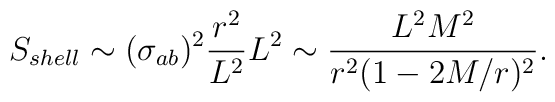
S_{shell} \sim  (\sigma_{ab})^2  \frac{r^2}{L^2} L^2\sim \frac{L^2M^2}{r^2(1-2M/r)^2}.